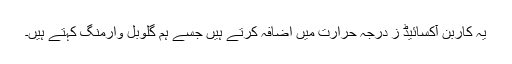
یہ کاربن آکسائیڈ ز درجہ حرارت میں اضافہ کرتے ہیں جسے ہم گلوبل وارمنگ کہتے ہیں۔